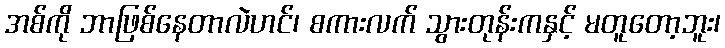
အစ်ကို ဘာဖြစ်နေတာလဲဟင်၊ စကားလက် သွားတုန်းကနှင့် မတူတော့ဘူး၊